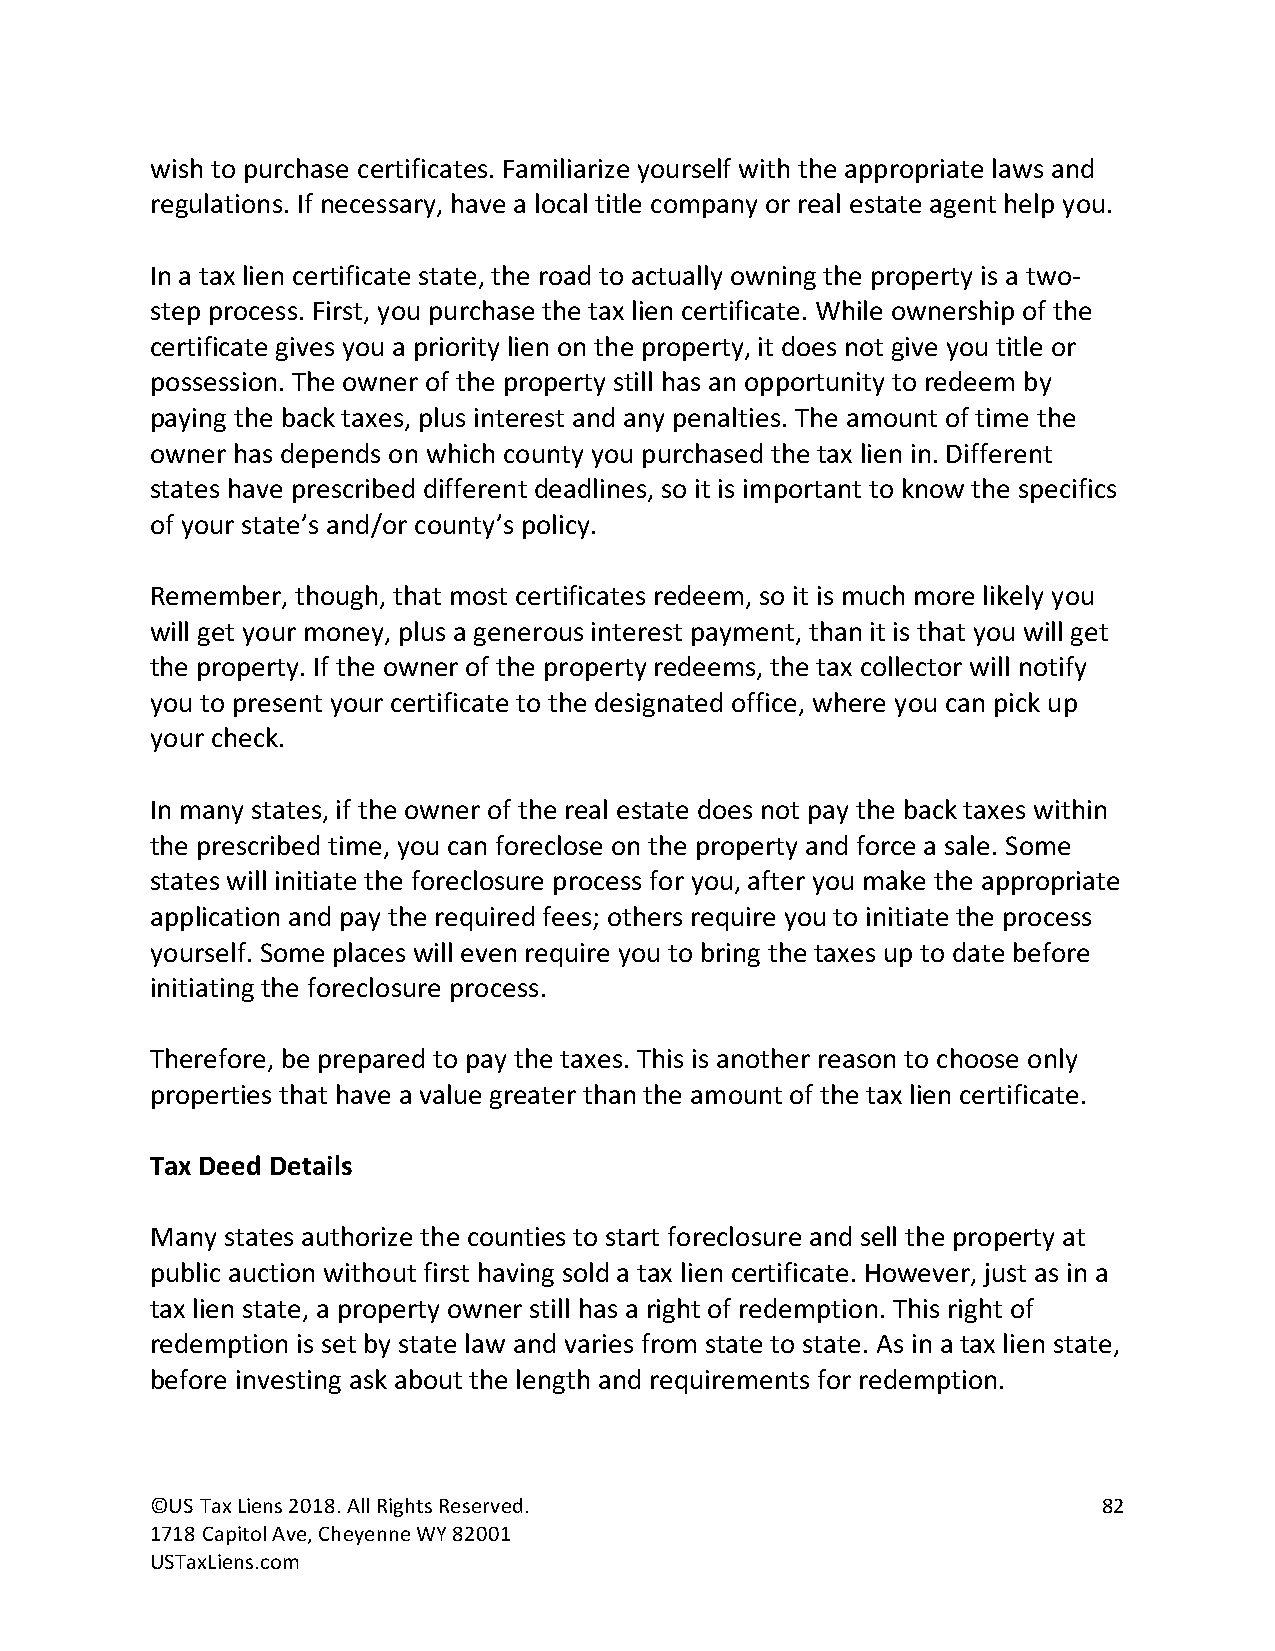
wish to purchase certificates. Familiarize yourself with the appropriate laws and
 regulations. If necessary, have a local title company or real estate agent help you.
 In a tax lien certificate state, the road to actually owning the property is a two-
 step process. First, you purchase the tax lien certificate. While ownership of the
 certificate gives you a priority lien on the property, it does not give you title or
 possession. The owner of the property still has an opportunity to redeem by
 paying the back taxes, plus interest and any penalties. The amount of time the
 owner has depends on which county you purchased the tax lien in. Different
 states have prescribed different deadlines, so it is important to know the specifics
 of your state’s and/or county’s policy.
 Remember, though, that most certificates redeem, so it is much more likely you
 will get your money, plus a generous interest payment, than it is that you will get
 the property. If the owner of the property redeems, the tax collector will notify
 you to present your certificate to the designated office, where you can pick up
 your check.
 In many states, if the owner of the real estate does not pay the back taxes within
 the prescribed time, you can foreclose on the property and force a sale. Some
 states will initiate the foreclosure process for you, after you make the appropriate
 application and pay the required fees; others require you to initiate the process
 yourself. Some places will even require you to bring the taxes up to date before
 initiating the foreclosure process.
 Therefore, be prepared to pay the taxes. This is another reason to choose only
 properties that have a value greater than the amount of the tax lien certificate.
 Tax Deed Details
 Many states authorize the counties to start foreclosure and sell the property at
 public auction without first having sold a tax lien certificate. However, just as in a
 tax lien state, a property owner still has a right of redemption. This right of
 redemption is set by state law and varies from state to state. As in a tax lien state,
 before investing ask about the length and requirements for redemption.
 ©US Tax Liens 2018. All Rights Reserved.                       82
 1718 Capitol Ave, Cheyenne WY 82001
 USTaxLiens.com